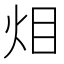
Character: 𱪴